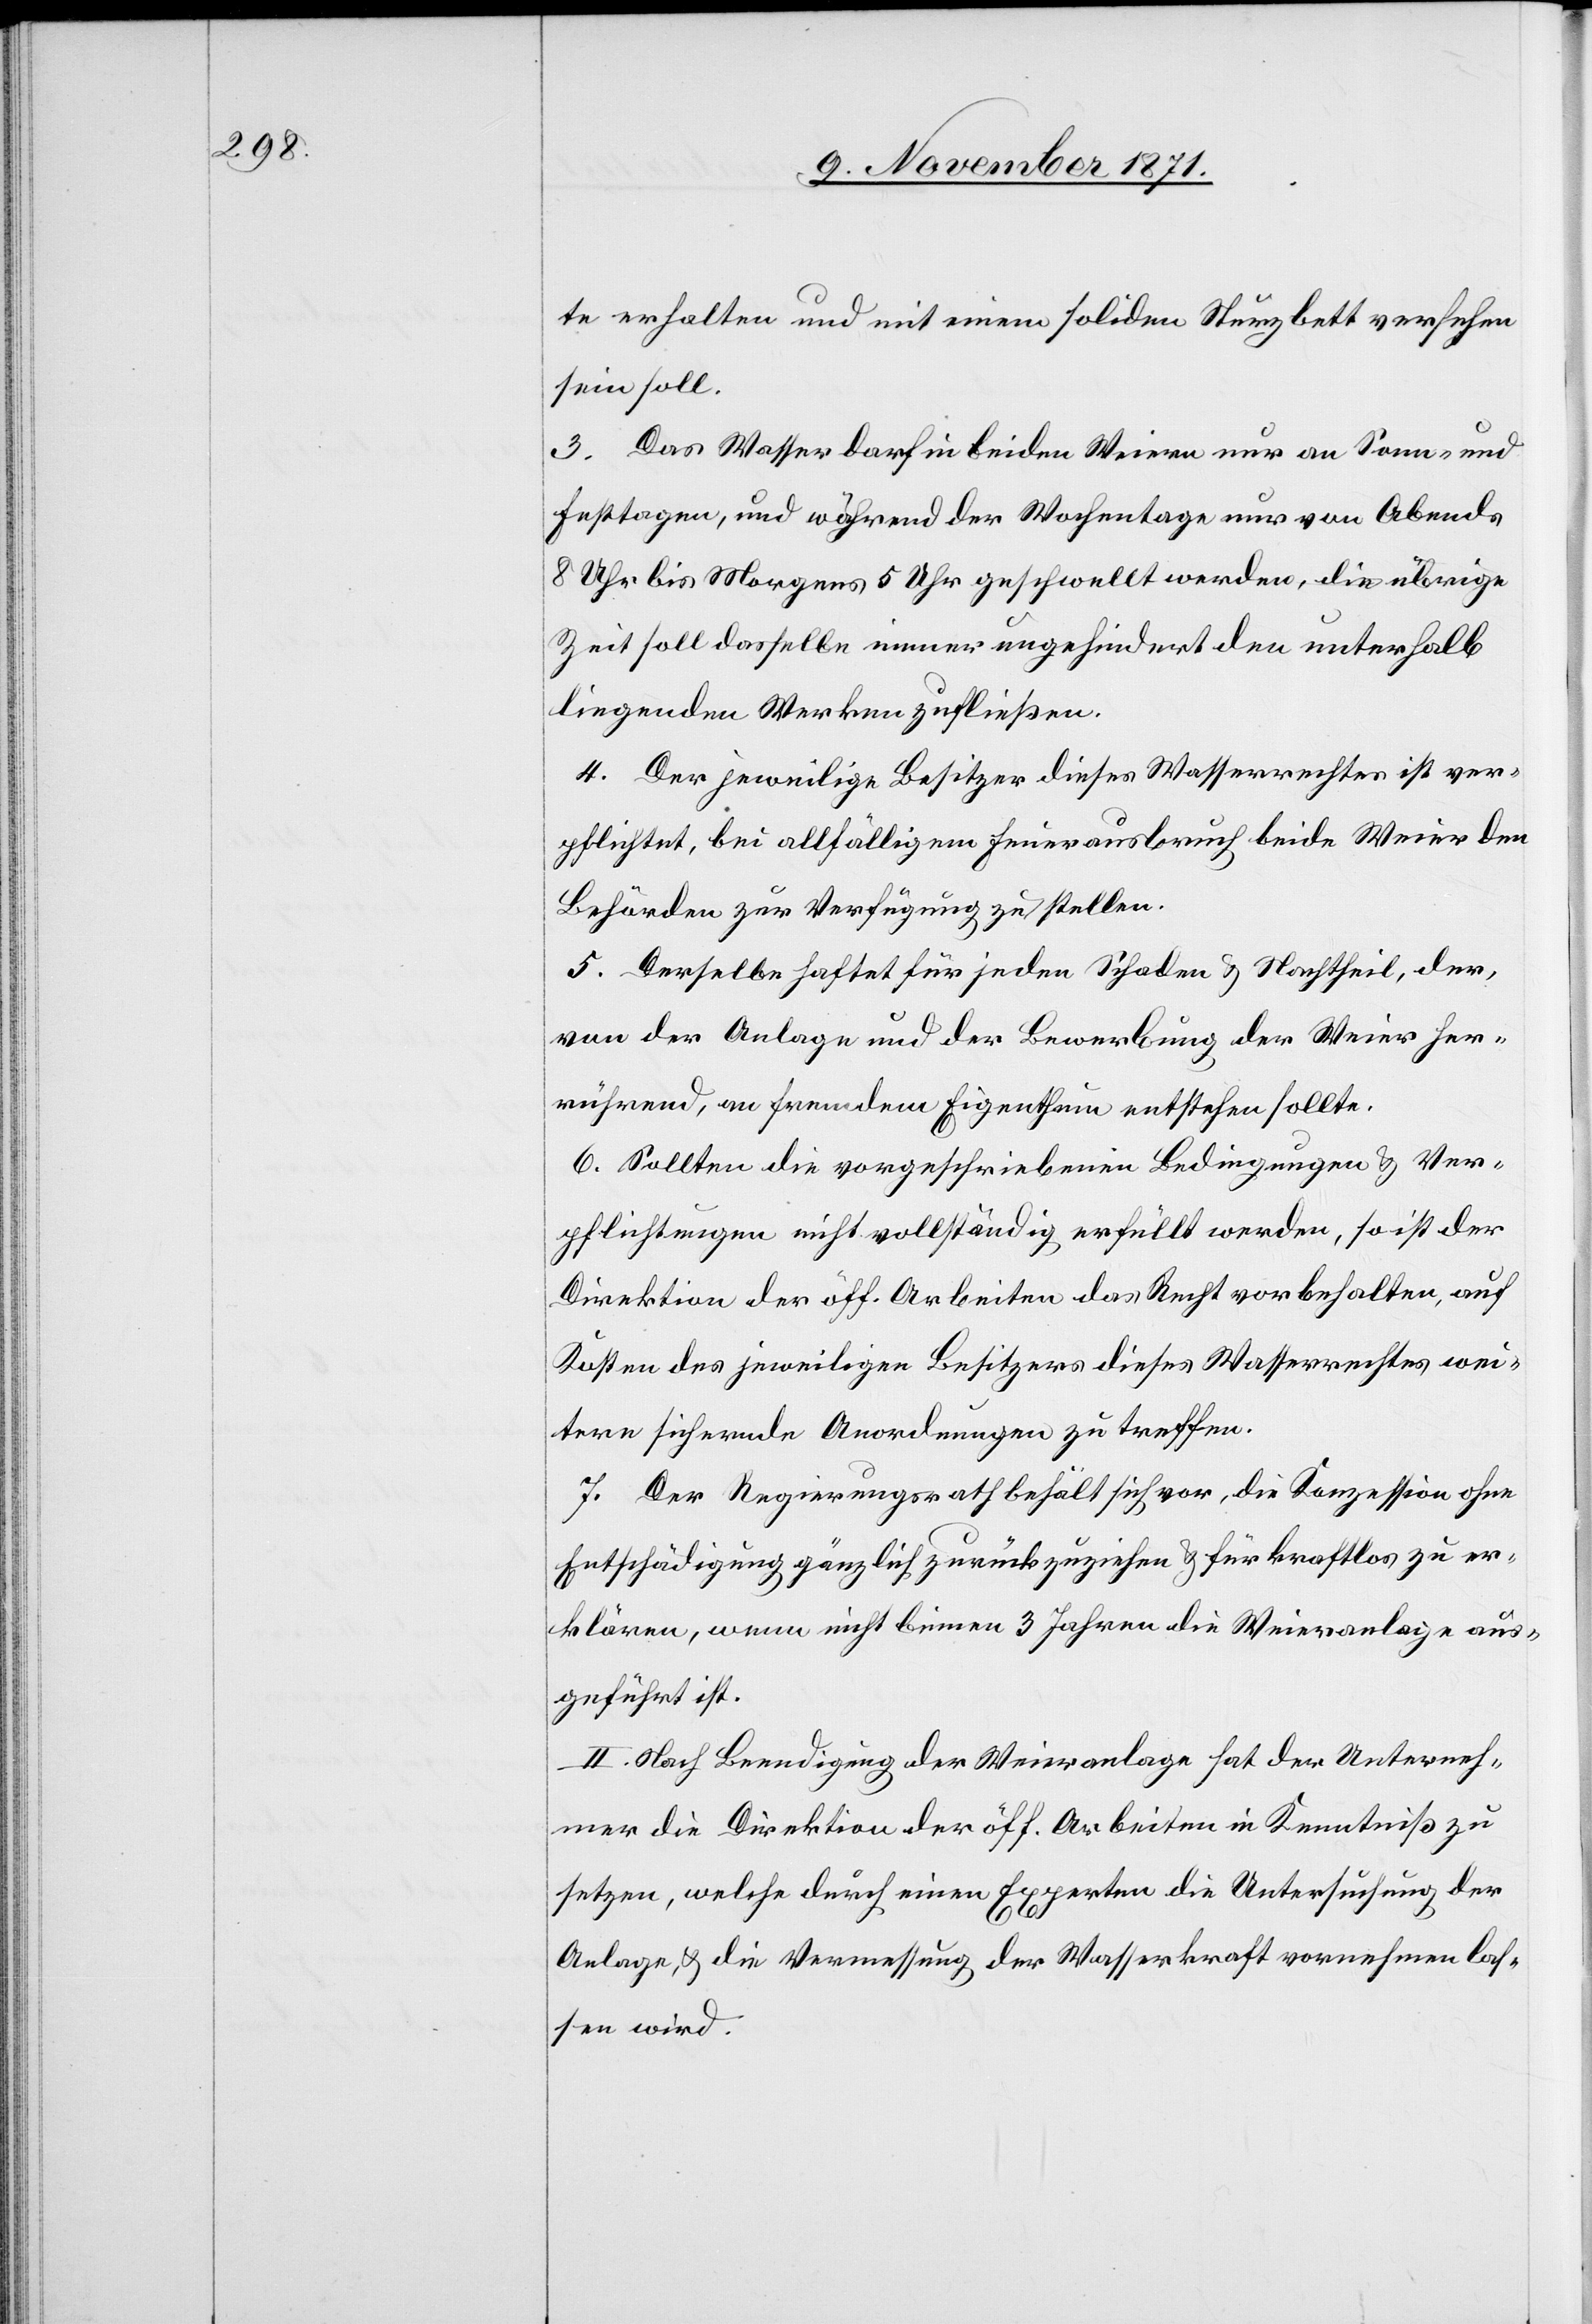
te erhalten und mit einem soliden Sturzbett versehen
sein soll.
3. Das Wasser darf in beiden Weiern nur an Sonn- und
Festtagen, und während der Wochentage nur von Abends
8 Uhr bis Morgens 5 Uhr geschwellt werden, die übrige
Zeit soll dasselbe immer ungehindert den unterhalb
liegenden Werken zufließen.
4. Der jeweilige Besitzer dieses Wasserrechtes ist ver¬
pflichtet, bei allfälligem Feuerausbruch beide Weier den
Behörden zur Verfügung zu stellen.
5. Derselbe haftet für jeden Schaden & Nachtheil, der,
von der Anlage und der Bewerbung der Weier her¬
rührend, an fremdem Eigenthum entstehen sollte.
6. Sollten die vorgeschriebenen Bedingungen & Ver¬
pflichtungen nicht vollständig erfüllt werden, so ist der
Direktion der öff. Arbeiten das Recht vorbehalten, auf
Kosten des jeweiligen Besitzers dieses Wasserrechtes wei¬
tere sichernde Anordnungen zu treffen.
7. Der Regierungsrath behält sich vor, die Konzession ohne
Entschädigung gänzlich zurückzuziehen & für kraftlos zu er¬
klären, wenn nicht binnen 3 Jahren die Weieranlage aus¬
geführt ist.
II. Nach Beendigung der Weieranlage hat der Unterneh¬
mer die Direktion der öff. Arbeiten in Kenntniß zu
setzen, welche durch einen Experten die Untersuchung der
Anlage, & die Vermessung der Wasserkraft vornehmen las¬
sen wird.